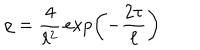
\rho = { \frac { 4 } { \ell ^ { 2 } } } \exp \left( - { \frac { 2 \tau } { \ell } } \right)